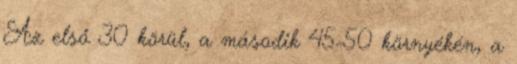
Az első 30 körül, a második 45-50 környékén, a